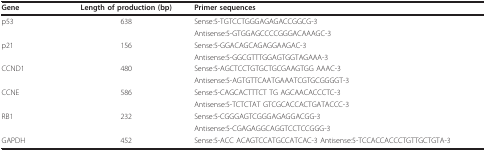
<table><thead><tr><td><b>Gene</b></td><td><b>Length of production (bp)</b></td><td><b>Primer sequences</b></td></tr></thead><tbody><tr><td>p53</td><td>638</td><td>Sense:5-TGTCCTGGGAGAGACCGGCG-3</td></tr><tr><td></td><td></td><td>Antisense:5-GTGGAGCCCCGGGACAAAGC-3</td></tr><tr><td>p21</td><td>156</td><td>Sense:5-GGACAGCAGAGGAAGAC-3</td></tr><tr><td></td><td></td><td>Antisense:5-GGCGTTTGGAGTGGTAGAAA-3</td></tr><tr><td>CCND1</td><td>480</td><td>Sense:5-AGCTCCTGTGCTGCGAAGTGG AAAC-3</td></tr><tr><td></td><td></td><td>Antisense:5-AGTGTTCAATGAAATCGTGCGGGGT-3</td></tr><tr><td>CCNE</td><td>586</td><td>Sense:5-CAGCACTTTCT TG AGCAACACCCTC-3</td></tr><tr><td></td><td></td><td>Antisense:5-TCTCTAT GTCGCACCACTGATACCC-3</td></tr><tr><td>RB1</td><td>232</td><td>Sense:5-CGGGAGTCGGGAGAGGACGG-3</td></tr><tr><td></td><td></td><td>Antisense:5-CGAGAGGCAGGTCCTCCGGG-3</td></tr><tr><td>GAPDH</td><td>452</td><td>Sense:5-ACC ACAGTCCATGCCATCAC-3 Antisense:5-TCCACCACCCTGTTGCTGTA-3</td></tr></tbody></table>